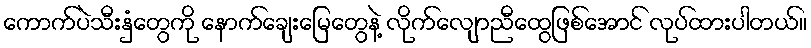
ကောက်ပဲသီးနှံတွေကို နောက်ချေးမြေတွေနဲ့ လိုက်လျောညီထွေဖြစ်အောင် လုပ်ထားပါတယ်။